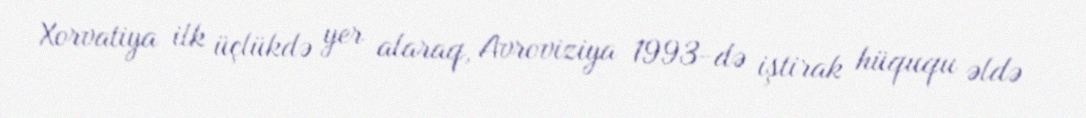
Xorvatiya ilk üçlükdə yer alaraq, Avroviziya 1993-də iştirak hüququ əldə